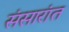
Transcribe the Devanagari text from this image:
संसारांत